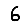
Digit: 6